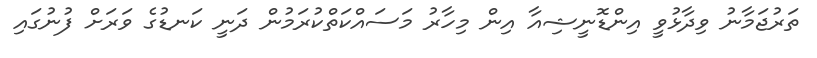
ތަރުޖަމާނު ވިދާޅުވީ އިންޑޮނީޝިއާ އިން މިހާރު މަސައްކަތްކުރަމުން ދަނީ ކަނޑުގެ ވަރަށް ފުނުގައި